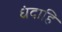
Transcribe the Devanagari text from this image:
धंदाहि